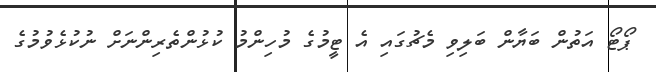
ޕޯޓޯ އަތުން ބަޔާން ބަލިވި މެޗުގައި އެ ޓީމުގެ މުހިންމު ކުޅުންތެރިންނަށް ނުކުޅެވުމުގެ